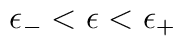
\:\epsilon _{-} < \epsilon < \epsilon _{+}\: